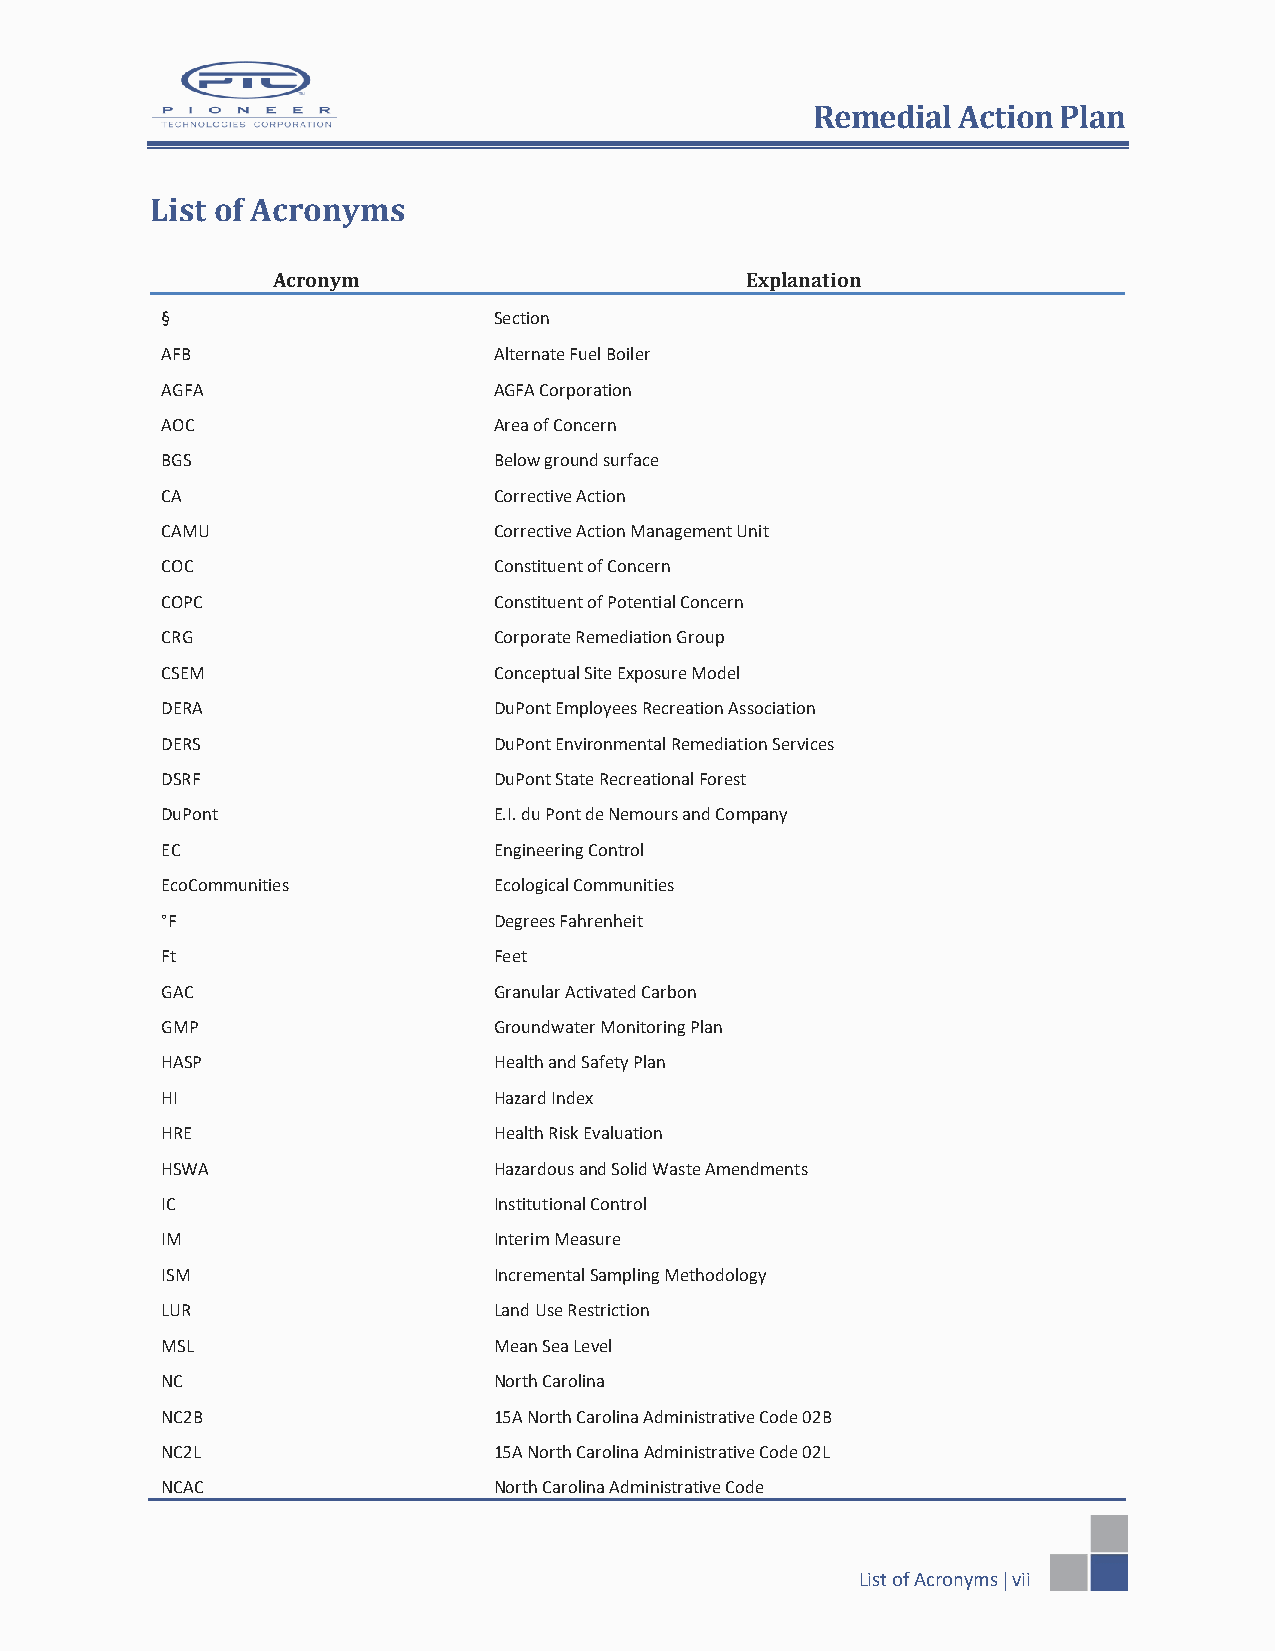
Remedial Action Plan
 List of Acronyms
 Acronym                        Explanation
 §                     Section
 AFB                   Alternate Fuel Boiler
 AGFA                  AGFA Corporation
 AOC                   Area of Concern
 BGS                   Below ground surface
 CA                    Corrective Action
 CAMU                  Corrective Action Management Unit
 COC                   Constituent of Concern
 COPC                  Constituent of Potential Concern
 CRG                   Corporate Remediation Group
 CSEM                  Conceptual Site Exposure Model
 DERA                  DuPont Employees Recreation Association
 DERS                  DuPont Environmental Remediation Services
 DSRF                  DuPont State Recreational Forest
 DuPont                E.I. du Pont de Nemours and Company
 EC                    Engineering Control
 EcoCommunities        Ecological Communities
 °F                    Degrees Fahrenheit
 Ft                    Feet
 GAC                   Granular Activated Carbon
 GMP                   Groundwater Monitoring Plan
 HASP                  Health and Safety Plan
 HI                    Hazard Index
 HRE                   Health Risk Evaluation
 HSWA                  Hazardous and Solid Waste Amendments
 IC                    Institutional Control
 IM                    Interim Measure
 ISM                   Incremental Sampling Methodology
 LUR                   Land Use Restriction
 MSL                   Mean Sea Level
 NC                    North Carolina
 NC2B                  15A North Carolina Administrative Code 02B
 NC2L                  15A North Carolina Administrative Code 02L
 NCAC                  North Carolina Administrative Code
 List of Acronyms  vii